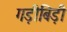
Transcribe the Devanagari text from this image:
गड़ीबिड़ी